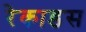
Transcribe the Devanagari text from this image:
रेकाडस